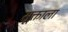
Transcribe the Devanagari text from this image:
सूक्ताला